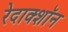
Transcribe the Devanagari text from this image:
रेदाक्शॉन